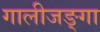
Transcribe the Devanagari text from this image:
गालीजङ्गा